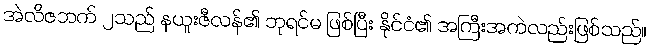
အဲလိဇဘက် ၂သည် နယူးဇီလန်၏ ဘုရင်မ ဖြစ်ပြီး နိုင်ငံ၏ အကြီးအကဲလည်းဖြစ်သည်။